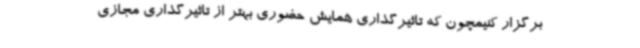
برگزار کنیمچون که تاثیرگذاری همایش حضوری بهتر از تاثیرگذاری مجازی